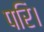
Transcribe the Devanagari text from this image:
परि।